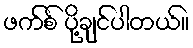
ဖက်စ် ပို့ချင်ပါတယ်။